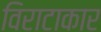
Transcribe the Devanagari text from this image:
विराटाकार